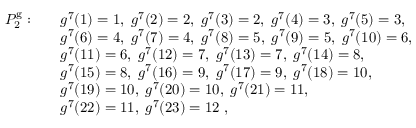
\begin{array} { r l } { P _ { 2 } ^ { \mathrm { g } } : \quad } & { g ^ { 7 } ( 1 ) = 1 , \; g ^ { 7 } ( 2 ) = 2 , \; g ^ { 7 } ( 3 ) = 2 , \; g ^ { 7 } ( 4 ) = 3 , \; g ^ { 7 } ( 5 ) = 3 , } \\ & { g ^ { 7 } ( 6 ) = 4 , \; g ^ { 7 } ( 7 ) = 4 , \; g ^ { 7 } ( 8 ) = 5 , \; g ^ { 7 } ( 9 ) = 5 , \; g ^ { 7 } ( 1 0 ) = 6 , } \\ & { g ^ { 7 } ( 1 1 ) = 6 , \; g ^ { 7 } ( 1 2 ) = 7 , \; g ^ { 7 } ( 1 3 ) = 7 , \; g ^ { 7 } ( 1 4 ) = 8 , \; } \\ & { g ^ { 7 } ( 1 5 ) = 8 , \; g ^ { 7 } ( 1 6 ) = 9 , \; g ^ { 7 } ( 1 7 ) = 9 , \; g ^ { 7 } ( 1 8 ) = 1 0 , } \\ & { g ^ { 7 } ( 1 9 ) = 1 0 , \; g ^ { 7 } ( 2 0 ) = 1 0 , \; g ^ { 7 } ( 2 1 ) = 1 1 , } \\ & { g ^ { 7 } ( 2 2 ) = 1 1 , \; g ^ { 7 } ( 2 3 ) = 1 2 \; , } \end{array}